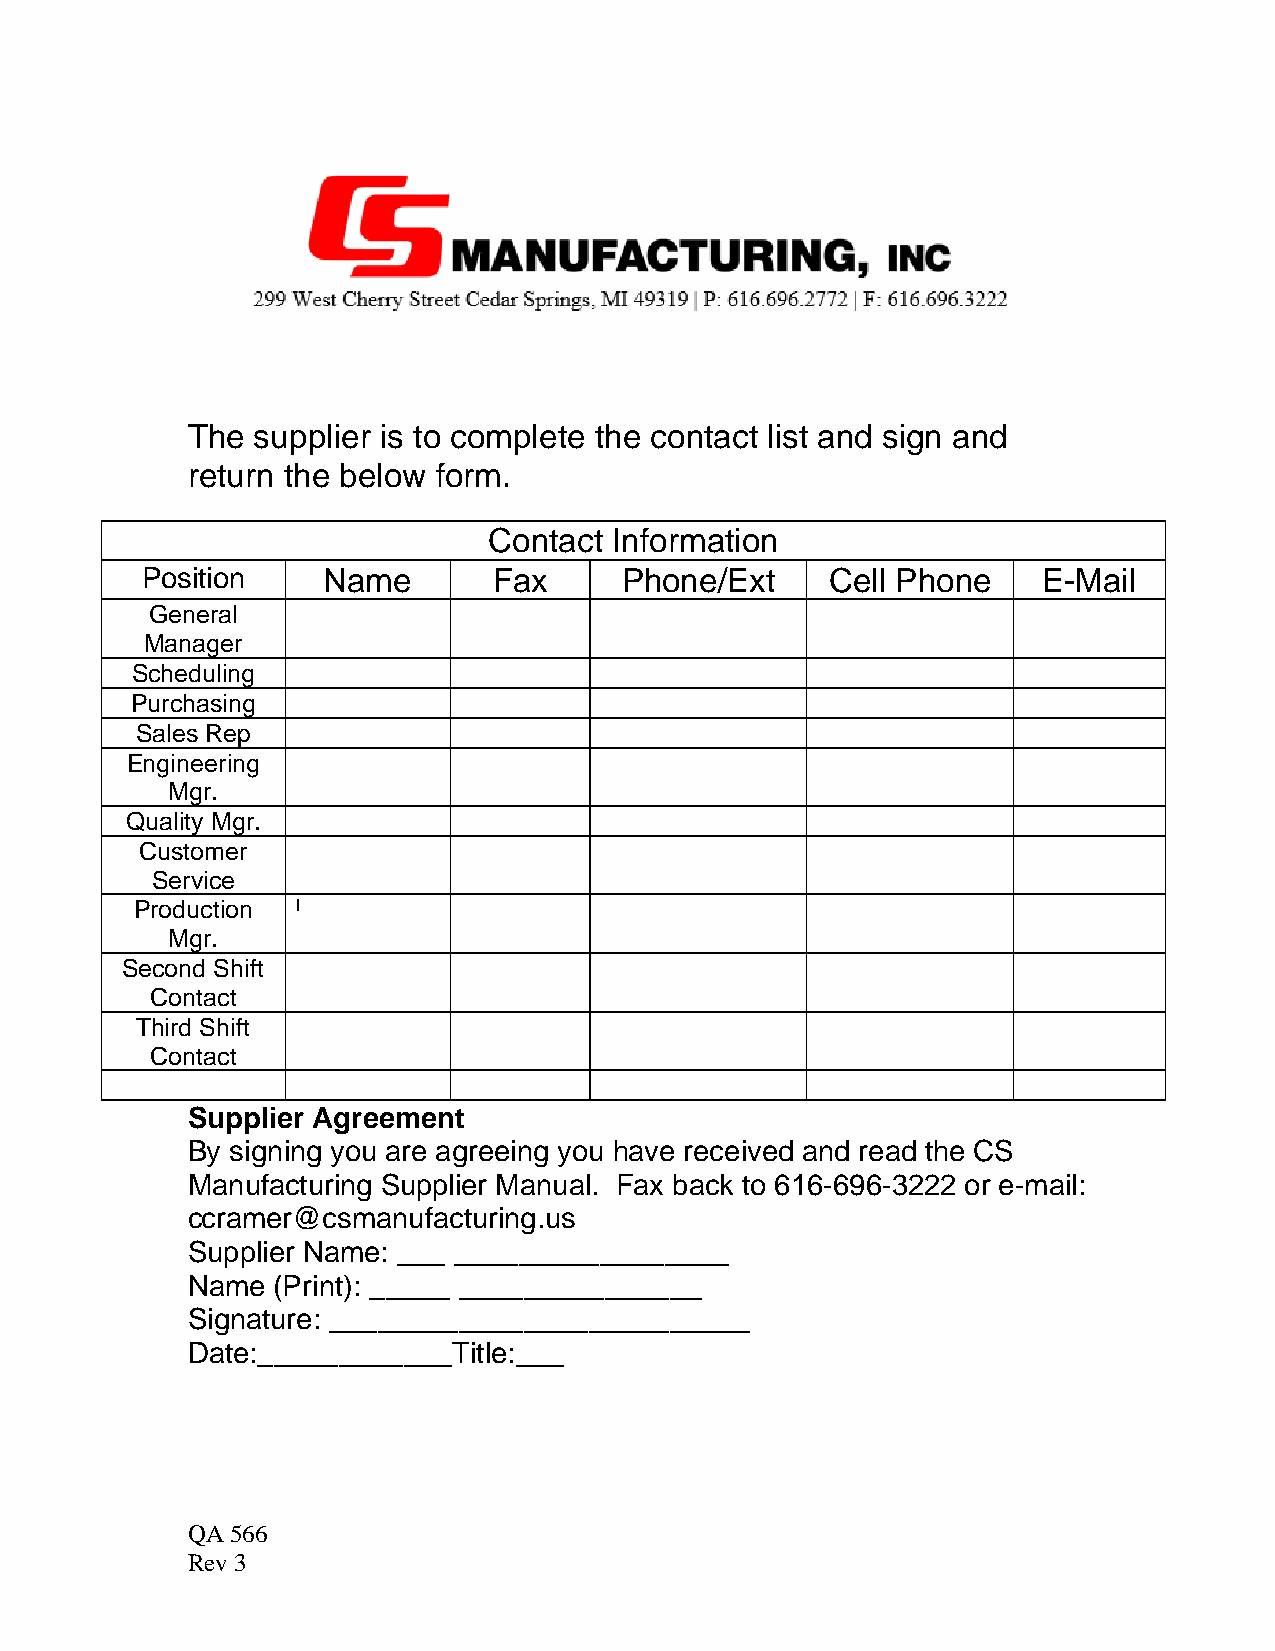
The  supplier is to complete the contact list and sign and
 return the below form.
 Contact  Information
 Position    Name        Fax     Phone/Ext     Cell Phone    E-Mail
 General
 Manager
 Scheduling
 Purchasing
 Sales Rep
 Engineering
 Mgr.
 Quality Mgr.
 Customer
 Service
 Production l
 Mgr.
 Second Shift
 Contact
 Third Shift
 Contact
 Supplier Agreement
 By signing you are agreeing you have received and read the CS
 Manufacturing Supplier Manual. Fax back to 616-696-3222 or e-mail:
 ccramer@csmanufacturing.us
 Supplier Name: ___ _________________
 Name  (Print): _____ _______________
 Signature: __________________________
 Date:____________Title:___
 QA 566
 Rev 3